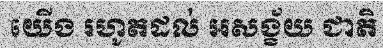
យើង រហូតដល់ អសង្ខ័យ ជាតិ